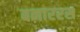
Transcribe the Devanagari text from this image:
बनाररस